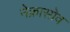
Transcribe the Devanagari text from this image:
नेक्रासोव